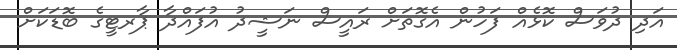
އަދި ދުވަސް ކޮޅެއް ފަހުން އެގޮތަށް ރައީސް ނަޝީދު އުފައްދާ ޕާރޓީގެ ބޮޑަކަށް